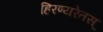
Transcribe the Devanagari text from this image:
हिरण्यरेतस्